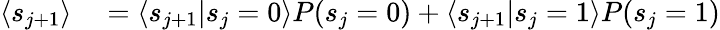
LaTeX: \begin{array}{rl}{\langle s_{j+1}\rangle}&{{}=\langle s_{j+1}|s_{j}=0\rangle P(s_{j}=0)+\langle s_{j+1}|s_{j}=1\rangle P(s_{j}=1)}\end{array}